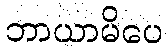
ဘာယာမိပေ